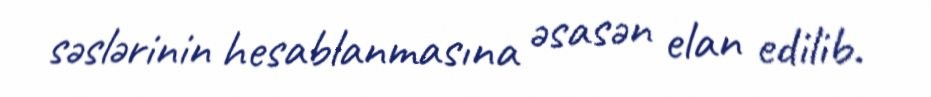
səslərinin hesablanmasına əsasən elan edilib.